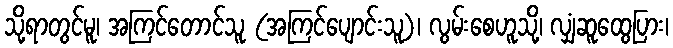
သို့ရာတွင်မူ၊ အကြင်တောင်သူ (အကြင်ပျောင်းသူ)၊ လွမ်းစေဟူသို့၊ လျှံဆူထွေပြား၊